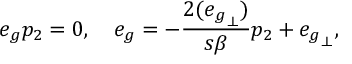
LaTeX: e _ { g } p _ { 2 } = 0 , \ \ \ e _ { g } = - \frac { 2 ( { e _ { g } } _ { \perp } ) } { s \beta } p _ { 2 } + { e _ { g } } _ { \perp } ,